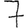
Digit: 7